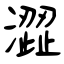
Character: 澀